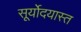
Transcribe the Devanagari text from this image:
सूर्योदयास्त